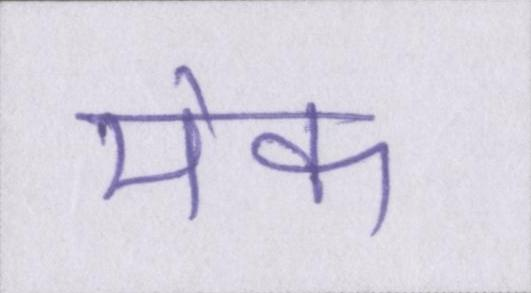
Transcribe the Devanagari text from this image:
मेक